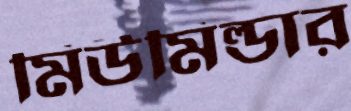
মিউমিল্ডার